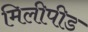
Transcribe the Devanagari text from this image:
मिलीपीड